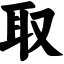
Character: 取